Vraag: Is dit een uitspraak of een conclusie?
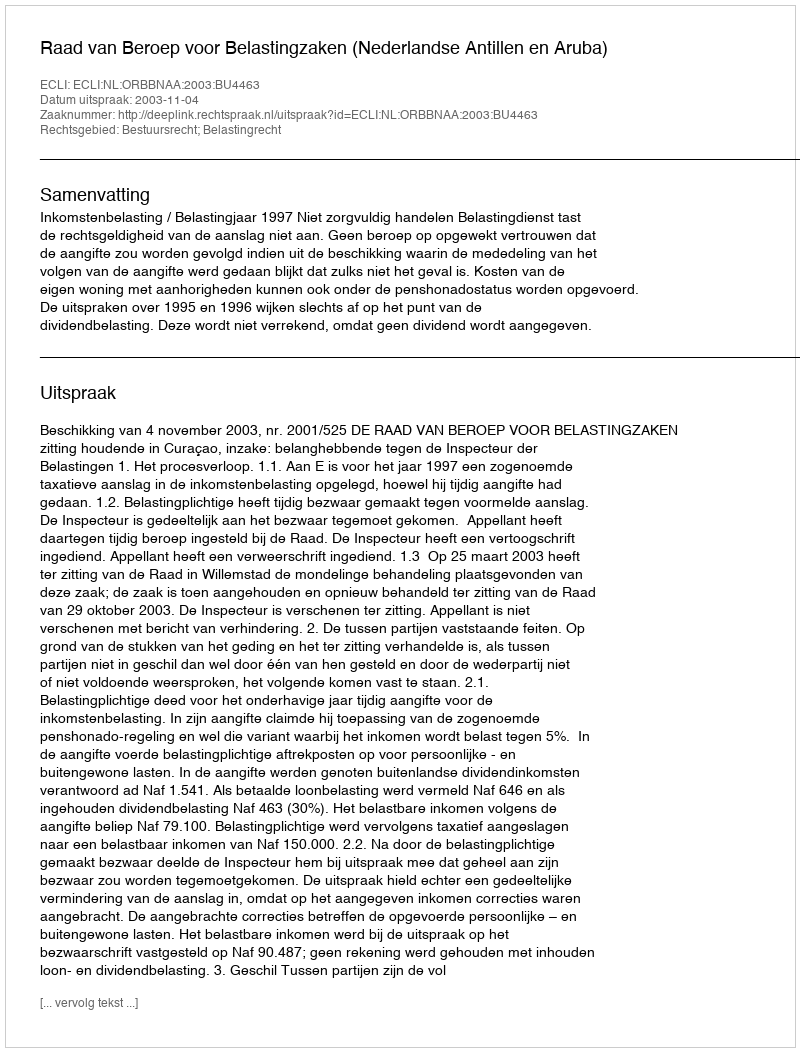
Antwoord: Uitspraak